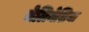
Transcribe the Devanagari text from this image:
मेलिनेशिया